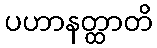
ပဟာနတ္ထာတိ